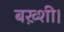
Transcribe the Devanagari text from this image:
बख़्शी।